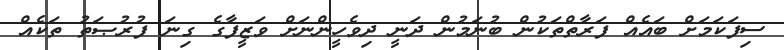
ސިފަކަމަށް ބައެއް ފަރާތްތަކުން ބުނަމުން ދަނީ ދިވެހީންނަށް ވަޒީފާގެ ގިނަ ފުރުޞަތު ތަކެއް